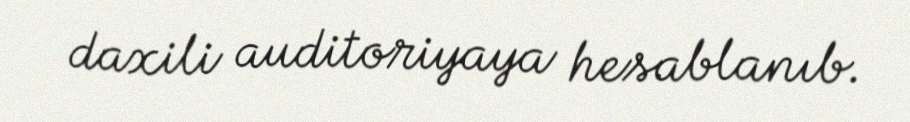
daxili auditoriyaya hesablanıb.